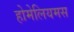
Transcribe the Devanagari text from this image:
होमेलियमस